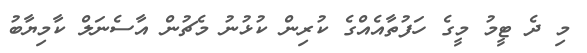
މި ދެ ޓީމު މީގެ ހަފުތާއެއްގެ ކުރިން ކުޅުނު މެޗުން އާސެނަލް ކާމިޔާބު